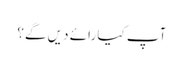
آپ کیا رائے دیں گے؟